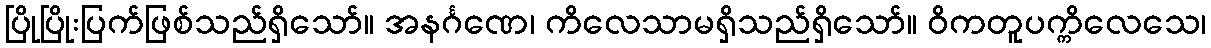
ပြိုပြိုးပြက်ဖြစ်သည်ရှိသော်။ အနင်္ဂဏေ၊ ကိလေသာမရှိသည်ရှိသော်။ ဝိကတူပက္ကိလေသေ၊